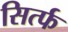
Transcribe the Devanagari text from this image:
सिर्त्फ